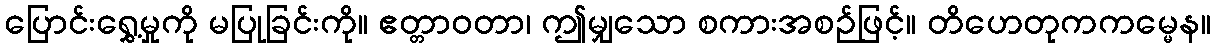
ပြောင်းရွှေ့မှုကို မပြုခြင်းကို။ ဧတ္တာဝတာ၊ ဤမျှသော စကားအစဉ်ဖြင့်။ တိဟေတုကကမ္မေန။